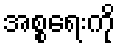
အစ္စရေးကို